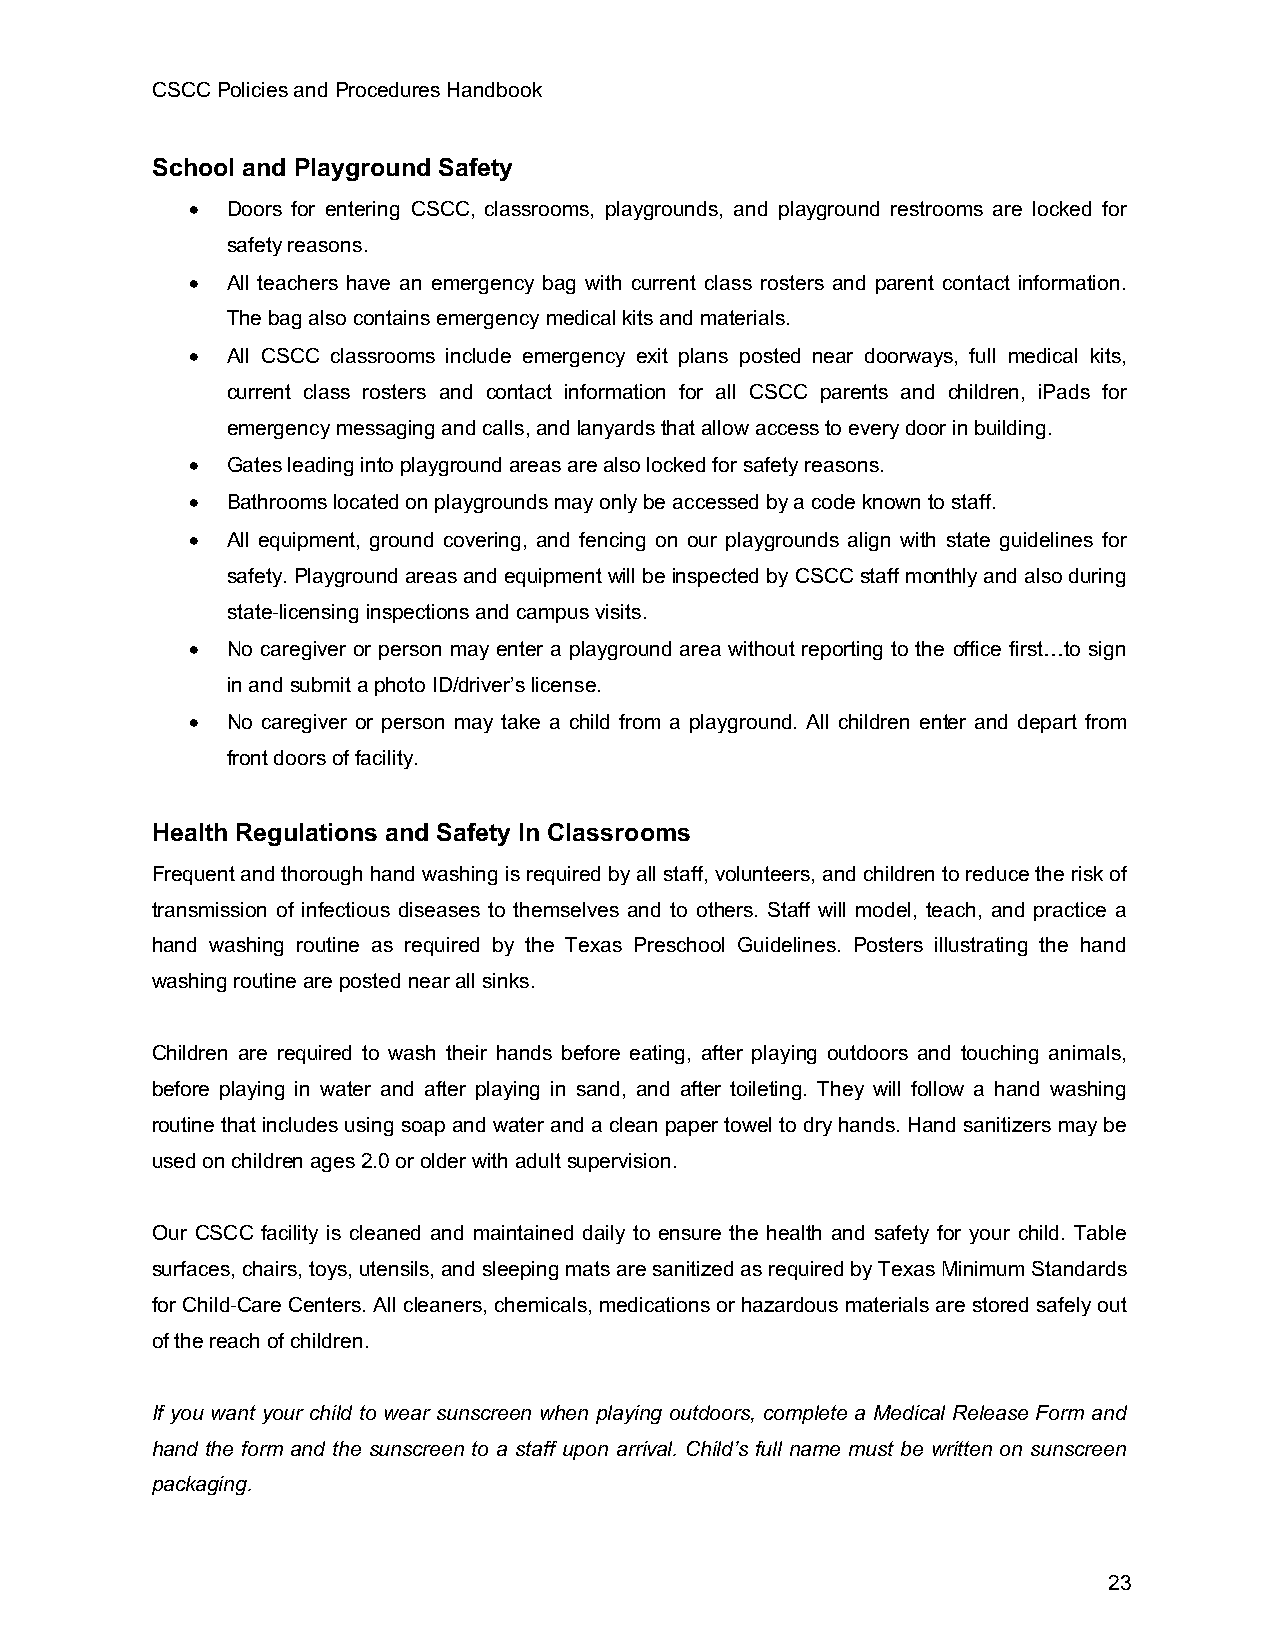
CSCC Policies and Procedures Handbook
 School and Playground Safety
 • Doors for entering CSCC, classrooms, playgrounds, and playground restrooms are locked for
 safety reasons.
 • All teachers have an emergency bag with current class rosters and parent contact information.
 The bag also contains emergency medical kits and materials.
 • All CSCC classrooms include emergency exit plans posted near doorways, full medical kits,
 current class rosters and contact information for all CSCC parents and children, iPads for
 emergency messaging and calls, and lanyards that allow access to every door in building.
 • Gates leading into playground areas are also locked for safety reasons.
 • Bathrooms located on playgrounds may only be accessed by a code known to staff.
 • All equipment, ground covering, and fencing on our playgrounds align with state guidelines for
 safety. Playground areas and equipment will be inspected by CSCC staff monthly and also during
 state-licensing inspections and campus visits.
 • No caregiver or person may enter a playground area without reporting to the office first…to sign
 in and submit a photo ID/driver’s license.
 • No caregiver or person may take a child from a playground. All children enter and depart from
 front doors of facility.
 Health Regulations and Safety In Classrooms
 Frequent and thorough hand washing is required by all staff, volunteers, and children to reduce the risk of
 transmission of infectious diseases to themselves and to others. Staff will model, teach, and practice a
 hand washing routine as required by the Texas Preschool Guidelines. Posters illustrating the hand
 washing routine are posted near all sinks.
 Children are required to wash their hands before eating, after playing outdoors and touching animals,
 before playing in water and after playing in sand, and after toileting. They will follow a hand washing
 routine that includes using soap and water and a clean paper towel to dry hands. Hand sanitizers may be
 used on children ages 2.0 or older with adult supervision.
 Our CSCC facility is cleaned and maintained daily to ensure the health and safety for your child. Table
 surfaces, chairs, toys, utensils, and sleeping mats are sanitized as required by Texas Minimum Standards
 for Child-Care Centers. All cleaners, chemicals, medications or hazardous materials are stored safely out
 of the reach of children.
 If you want your child to wear sunscreen when playing outdoors, complete a Medical Release Form and
 hand the form and the sunscreen to a staff upon arrival. Child’s full name must be written on sunscreen
 packaging.
 23